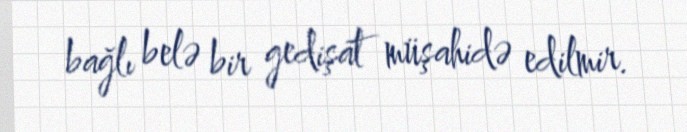
bağlı belə bir gedişat müşahidə edilmir.